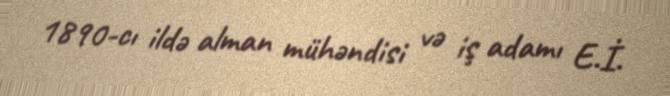
1890-cı ildə alman mühəndisi və iş adamı E.İ.